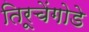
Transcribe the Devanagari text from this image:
तिरूचेंगोडे